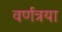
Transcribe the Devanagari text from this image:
वर्णत्रया